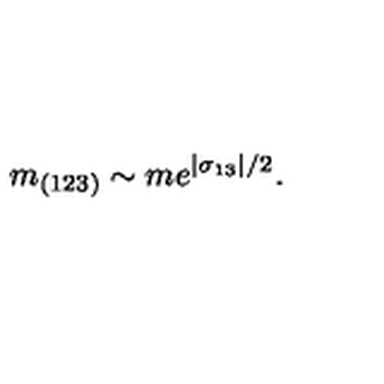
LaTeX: m _ { ( 1 2 3 ) } \sim m e ^ { | \sigma _ { 1 3 } | / 2 } .